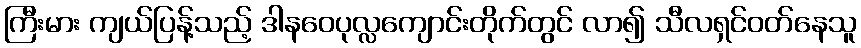
ကြီးမား ကျယ်ပြန့်သည့် ဒါနဝေပုလ္လကျောင်းတိုက်တွင် လာ၍ သီလရှင်ဝတ်နေသူ